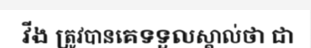
វីង ត្រូវបានគេទទួលស្គាល់ថា ជា